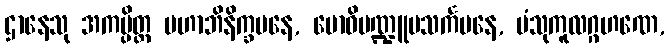
ဌာနေသု အကမ္ပိတ္ထ မဟာဘိနိက္ခမနေ, ဗောဓိမဏ္ဍူပသင်္ကမနေ, ပံသုကူလဂ္ဂဟဏေ,